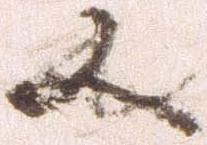
又